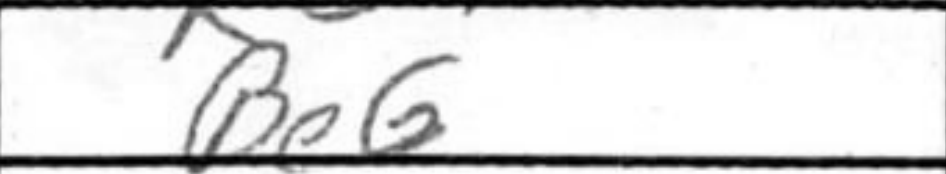
Transcription: Be6